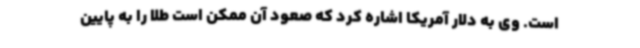
است. وی به دلار آمریکا اشاره کرد که صعود آن ممکن است طلا را به پایین